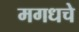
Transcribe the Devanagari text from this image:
मगधचे